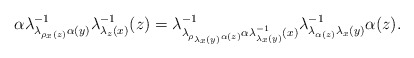
\begin{align*}\alpha\lambda_{\lambda_{\rho_{x}(z)}\alpha(y)}^{-1}\lambda_{\lambda_{z}(x)}^{-1}(z)=\lambda_{\lambda_{\rho_{\lambda_{x}(y)}\alpha(z)}\alpha\lambda_{\lambda_{x}(y)}^{-1}(x)}^{-1}\lambda_{\lambda_{\alpha(z)}\lambda_{x}(y)}^{-1}\alpha(z).\end{align*}